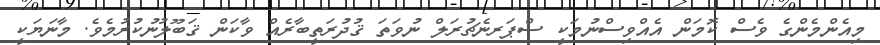
މިއެންމެންގެ ވެސް ކޮމަން އެއްވިސްނުމަކީ ސްޕަރނެޗުރަލް ނުވަތަ ޤުދުރަތީބާރެއް ވާކަން ޤަބޫލުނުކުރުމެވެ. މާނަޔަކީ